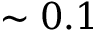
\sim 0 . 1